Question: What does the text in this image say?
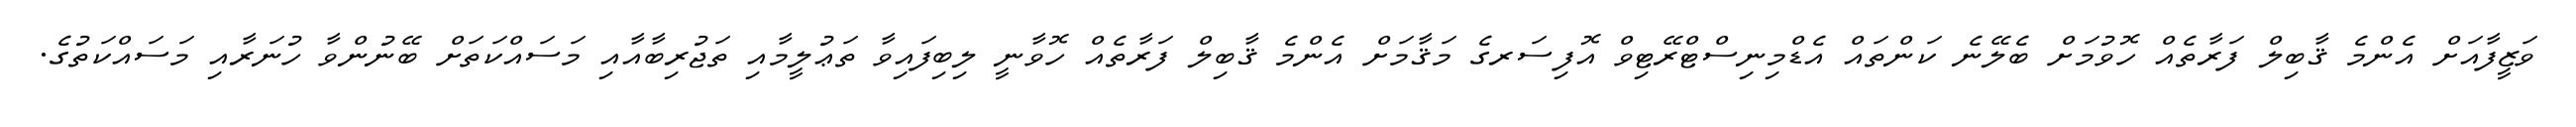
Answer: ވަޒީފާއަށް އެންމެ ޤާބިލް ފަރާތެއް ހޮވުމަށް ބެލޭނެ ކަންތައް އެޑްމިނިސްޓްރޭޓިވް އޮފިސަރގެ މަޤާމަށް އެންމެ ޤާބިލް ފަރާތެއް ހޮވާނީ ލިބިފައިވާ ތަޢުލީމާއި ތަޖުރިބާއާއި މަސައްކަތަށް ބޭނުންވާ ހުނަރާއި މަސައްކަތުގެ.